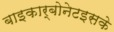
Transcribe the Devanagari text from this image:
बाइकार्बोनेटइसके